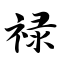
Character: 禄